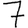
Digit: 7